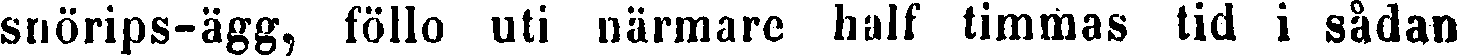
snörips-ägg, föllo uti närmare half timmas tid i sådan